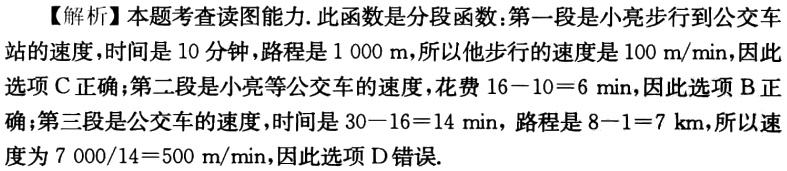
【解析】本题考查读图能力.此函数是分段函数：第一段是小亮步行到公交车站的速度，时间是 10 分钟，路程是 1 000 m，所以他步行的速度是 100 m/min，因此选项 C 正确；第二段是小亮等公交车的速度，花费 \(16 - 10 = 6\)min，因此选项 B 正确；第三段是公交车的速度，时间是 \(30 - 16 = 14\) min，路程是 \(8 - 1 = 7\) km，所以速度为 \(7\ 000/14 = 500\) m/min，因此选项 D 错误.